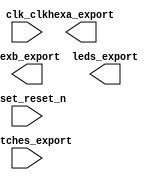

module nios_system (
	clk_clk,
	hexa_export,
	hexb_export,
	leds_export,
	reset_reset_n,
	switches_export);	

	input		clk_clk;
	output	[7:0]	hexa_export;
	output	[7:0]	hexb_export;
	output	[7:0]	leds_export;
	input		reset_reset_n;
	input	[7:0]	switches_export;
endmodule